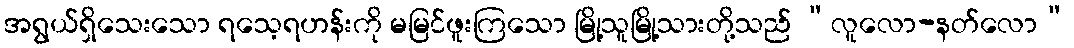
အရွယ်ရှိသေးသော ရသေ့ရဟန်းကို မမြင်ဖူးကြသော မြို့သူမြို့သားတို့သည် “လူလော-နတ်လော”